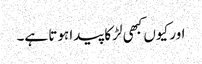
اور کیوں کبھی لڑکا پیدا ہوتا ہے۔